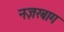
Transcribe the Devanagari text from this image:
नज़रबाग